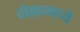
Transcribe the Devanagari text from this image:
दोह्यामध्ये